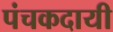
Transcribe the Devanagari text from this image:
पंचकदायी